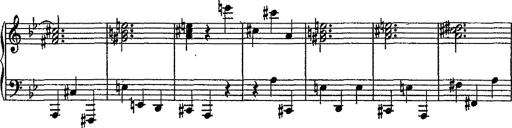
Title: Scherzo
Composer: Rogelio Villar
Key: D minor